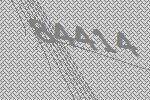
84414